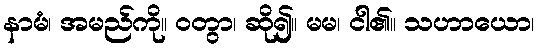
နာမံ၊ အမည်ကို။ ဝတွာ၊ ဆို၍။ မမ၊ ငါ၏။ သဟာယော၊